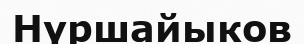
Нүршайыков